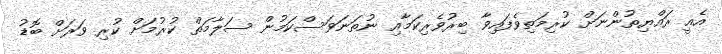
އެއީ ރައްޔިތުންނަށް ކުރިމަތިވެފައިވާ ބިރުވެރިކަމާއި ނުތަނަވަސްކަމުން ސަލާމަތް ކުރުމަށް ކުރި ވަރަށް ބޮޑު